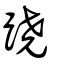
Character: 蹺